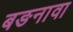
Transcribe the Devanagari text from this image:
बङनावा